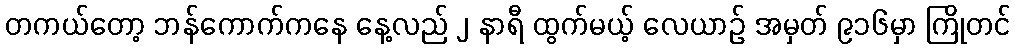
တကယ်တော့ ဘန်ကောက်ကနေ နေ့လည် ၂ နာရီ ထွက်မယ့် လေယာဉ် အမှတ် ၉၁၆မှာ ကြိုတင်